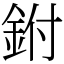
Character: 鉜